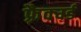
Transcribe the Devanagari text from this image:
फ़्रैक्चर्ड